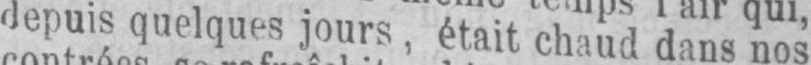
depuis quelques jours, était chaud dans nos